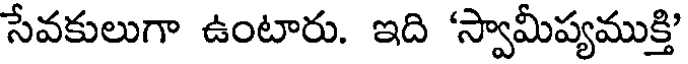
సేవకులుగా ఉంటారు. ఇది 'స్వామీప్యముక్తి